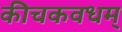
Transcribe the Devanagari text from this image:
कीचकवधम्